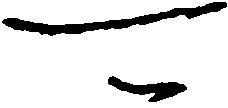
可